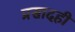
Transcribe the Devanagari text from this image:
प्रसादही